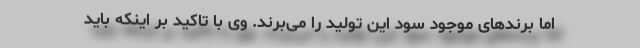
اما برندهای موجود سود این تولید را می‌برند. وی با تاکید بر اینکه باید